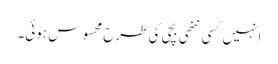
انہیں کسی ننھی بچی کی طرح محسوس ہوئی۔